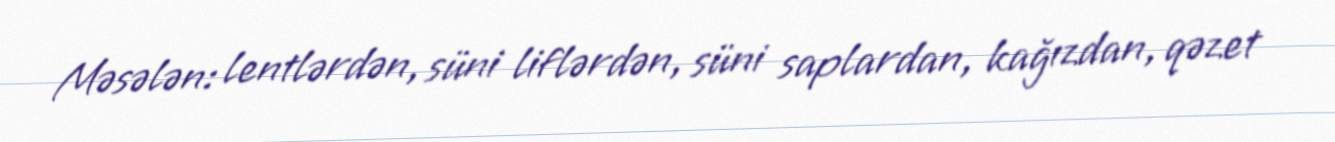
Məsələn: lentlərdən, süni liflərdən, süni saplardan, kağızdan, qəzet